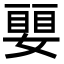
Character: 𡡜